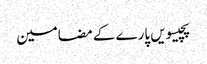
پچیسویں پارے کے مضامین